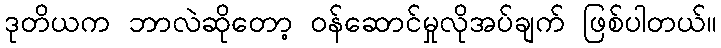
ဒုတိယက ဘာလဲဆိုတော့ ဝန်ဆောင်မှုလိုအပ်ချက် ဖြစ်ပါတယ်။